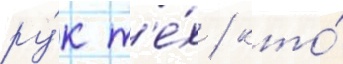
ру́к т'е́х / кто́